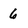
Character: 6